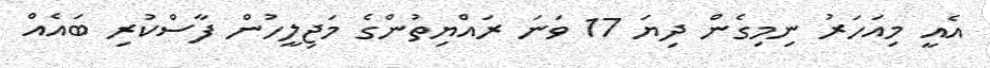
އެއީ މިއަހަރު ނިމިގެން ދިޔަ 17 ވަނަ ރައްޔިތުންގެ މަޖިލީހުން ފާސްކުރި ބައެއް